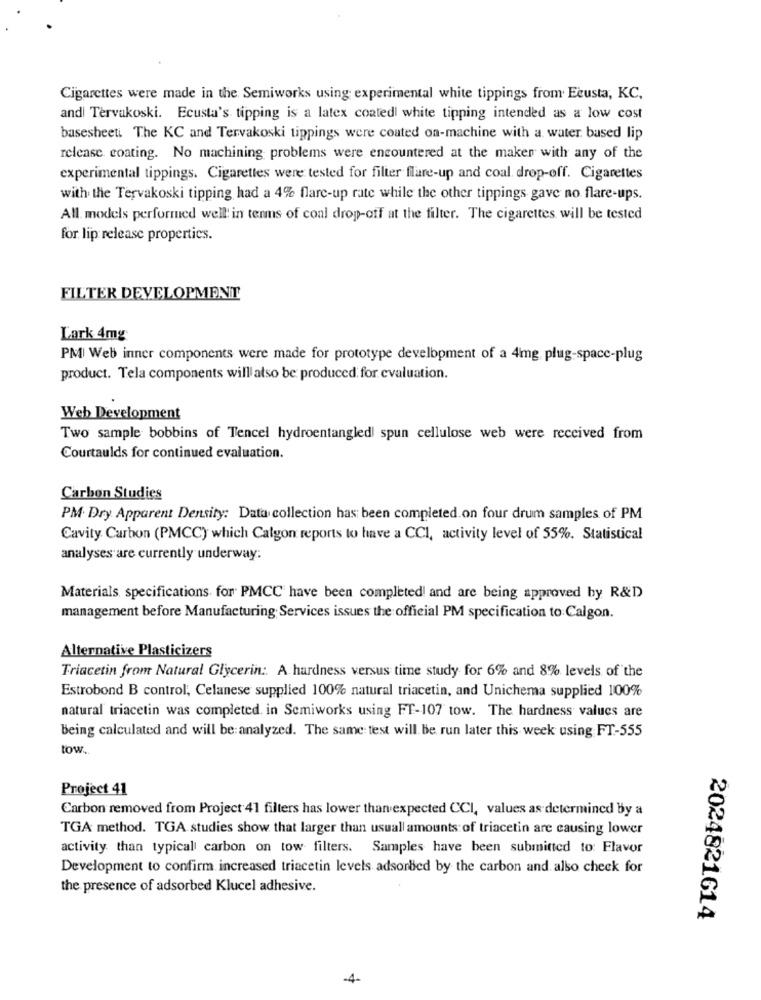
Cigarettes were made in the Semiworks using experimental white tippings from. Ecusta, KC,
and| Tervakoski. Ecusta's tipping is a latex coatedl white tipping intended as a low cost
basesheeti The KC and Tervakoski tippings were coated on-machine with a water based lip
release. coating. No machining problems were encountered at the maken with any of the
experimental tippings. Cigarettes were tested for filter flare-up and coal drop-off. Cigarettes
with the Tervakoski tipping had a 4% flare-up rate while the other tippings gave no flare-ups.
All models performed well! in terms of coal drop-off at the filter. The cigarettes will be tested
for lip release properties.
FILTER DEVELOPMENT
Lark 4mg
PM Web inner components were made for prototype development of a 4mg plug-space-plug
product. Tela components will also be produced: for evaluation.
Web Development
Two sample bobbins of Tencel hydroentangled spun cellulose web were received from
Courtaulds for continued evaluation.
Carbon Studies
PM. Dry Apparent Density: Data collection has been completed.on four drum samples of PM
Cavity. Carbon (PMCC) which Calgon reports to have a CCI, activity level of 55%. Statistical
analyses are currently underway:
Materials, specifications for PMCC have been completed and are being approved by R&D
management before Manufacturing Services issues the official PM specification to Calgon.
Alternative Plasticizers
Triacetin from Natural Glycerin: A hardness versus time study for 6% and 8% levels of the
Estrobond B control, Celanese supplied 100% natural triacetin, and Unichema supplied 100%
natural triacetin was completed in Semiworks using FT-107 tow. The hardness values are
being calculated and will be:analyzed. The same: test will be run later this week using FT-555
tow ..
Project 41
Carbon removed from Project 41 filters has lower than expected CCI, values as determined by a
TGA method. TGA studies show that larger than usuall amounts of triacetin are causing lower
activity than typical carbon on tow filters. Samples have been submitted to: Flavor
Development to confirm increased triacetin levels adsorbed by the carbon and also check for
the presence of adsorbed Klucel adhesive.
2024821614
4-